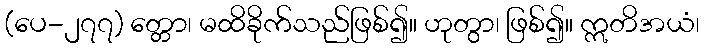
(ပေ-၂၇၇) တ္တော၊ မထိခိုက်သည်ဖြစ်၍။ ဟုတွာ၊ ဖြစ်၍။ ဣတိအယံ၊